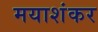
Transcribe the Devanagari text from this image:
मयाशंकर